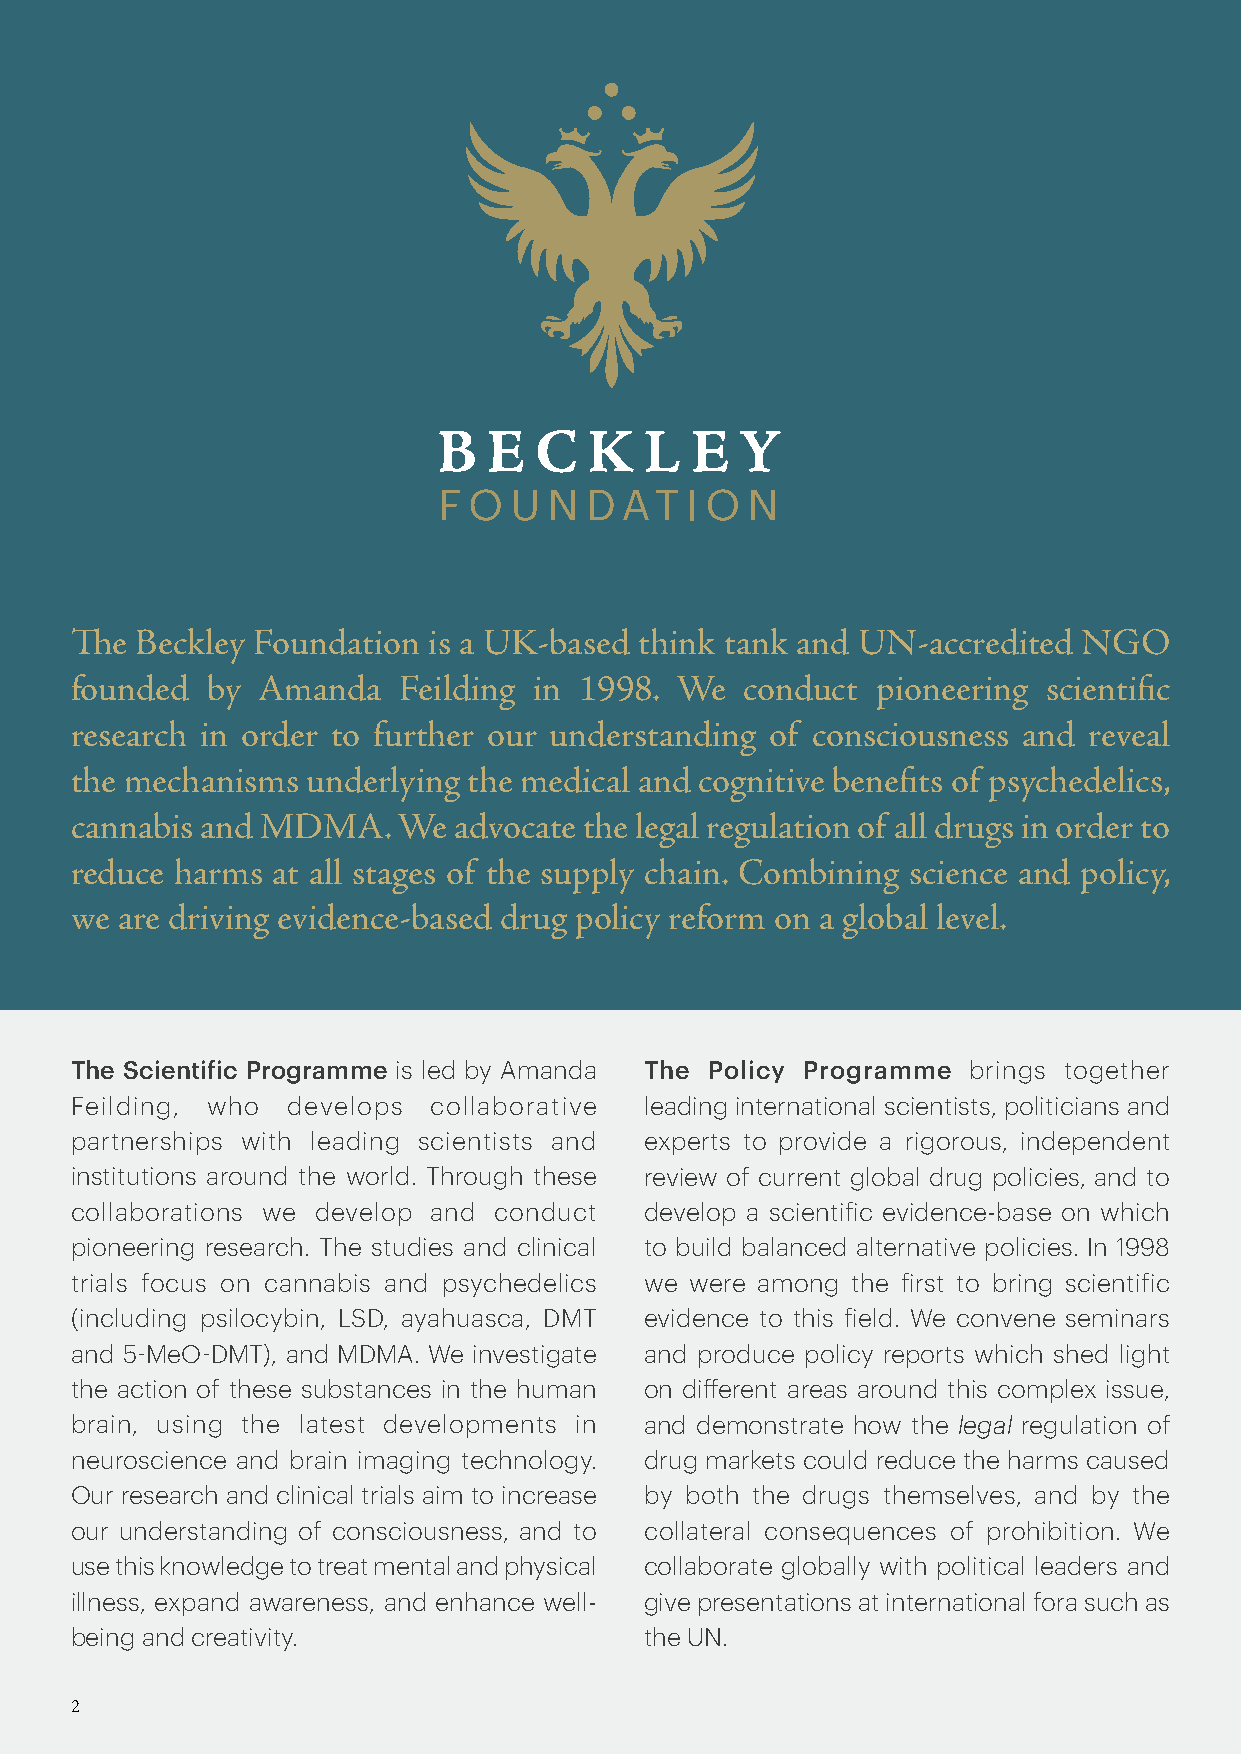
ha
 The Beckley Foundation is a UK-based think tank and UN-accredited  NGO
 founded  by Amanda   Feilding in 1998.  We  conduct  pioneering scientific
 research in order to further our understanding of consciousness and reveal
 the mechanisms underlying the medical and cognitive benefits of psychedelics,
 cannabis and MDMA.   We  advocate the legal regulation of all drugs in order to
 reduce harms at all stages of the supply chain. Combining science and policy,
 we are driving evidence-based drug policy reform on a global level.
 The Scientific Programme is led by Amanda The Policy Programme brings together
 Feilding, who develops collaborative  leading international scientists, politicians and
 partnerships with leading scientists and experts to provide a rigorous, independent
 institutions around the world. Through these review of current global drug policies, and to
 collaborations we develop and conduct develop a scientific evidence-base on which
 pioneering research. The studies and clinical to build balanced alternative policies. In 1998
 trials focus on cannabis and psychedelics we were among the first to bring scientific
 (including psilocybin, LSD, ayahuasca, DMT evidence to this field. We convene seminars
 and 5-MeO-DMT), and MDMA. We investigate and produce policy reports which shed light
 the action of these substances in the human on different areas around this complex issue,
 brain, using the latest developments in and demonstrate how the legal regulation of
 neuroscience and brain imaging technology. drug markets could reduce the harms caused
 Our research and clinical trials aim to increase by both the drugs themselves, and by the
 our understanding of consciousness, and to collateral consequences of prohibition. We
 use this knowledge to treat mental and physical collaborate globally with political leaders and
 illness, expand awareness, and enhance well- give presentations at international fora such as
 being and creativity.                 the UN.
 2